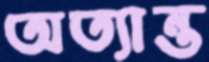
অত্যান্ত